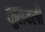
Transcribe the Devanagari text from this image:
कुसवली